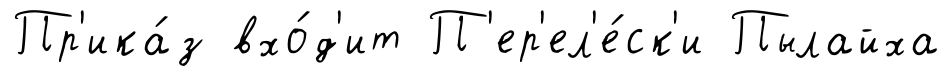
Пр'ика́з вхо́д'ит П'ер'ел'е́ск'и Пылайха